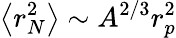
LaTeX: \left<r_{N}^{2}\right>\sim A^{2/3}r_{p}^{2}